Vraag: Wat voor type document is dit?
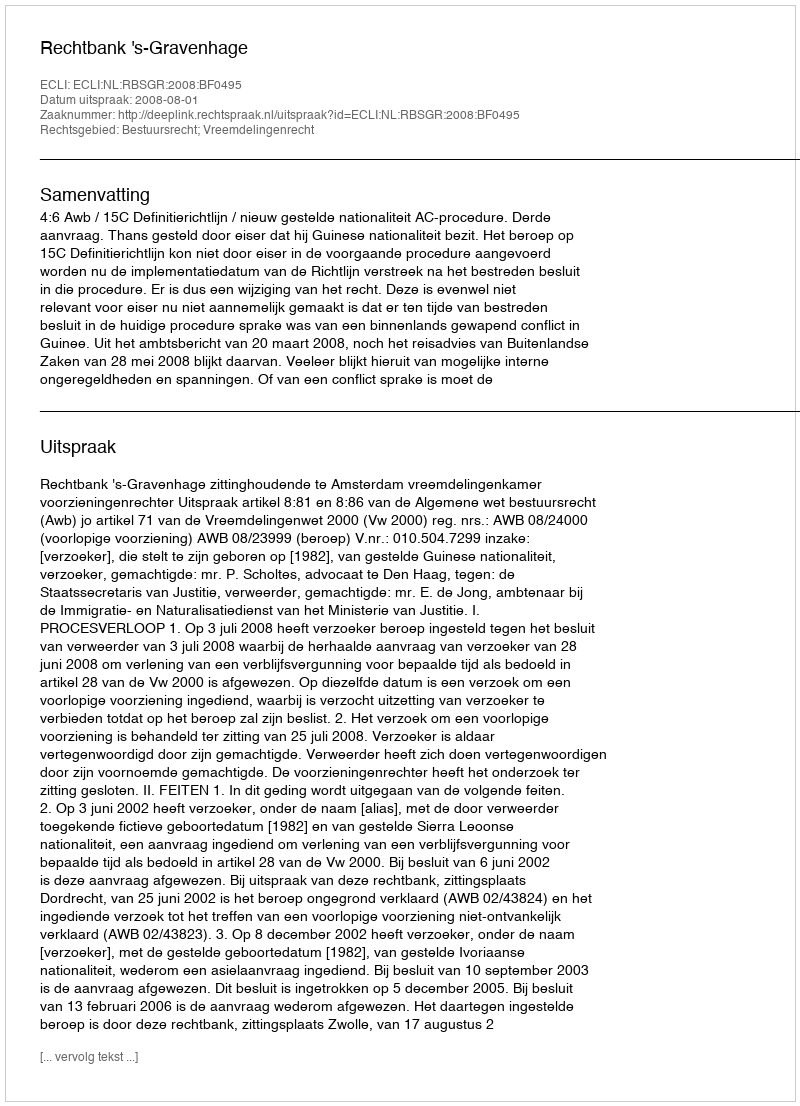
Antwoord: Uitspraak